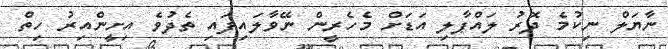
ނާޔަލް ނިކުމެ ދޮރު ލައްޕާލި އަޑަށް މެހެރީން ނޭވާލައިފައި ތެދުވެ އިށީންއިރު ހިތް